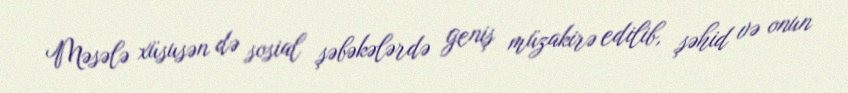
Məsələ xüsusən də sosial şəbəkələrdə geniş müzakirə edilib, şəhid və onun